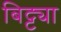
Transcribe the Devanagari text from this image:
बिट्ट्या